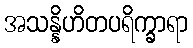
အသန္နိဟိတပရိက္ခာရာ